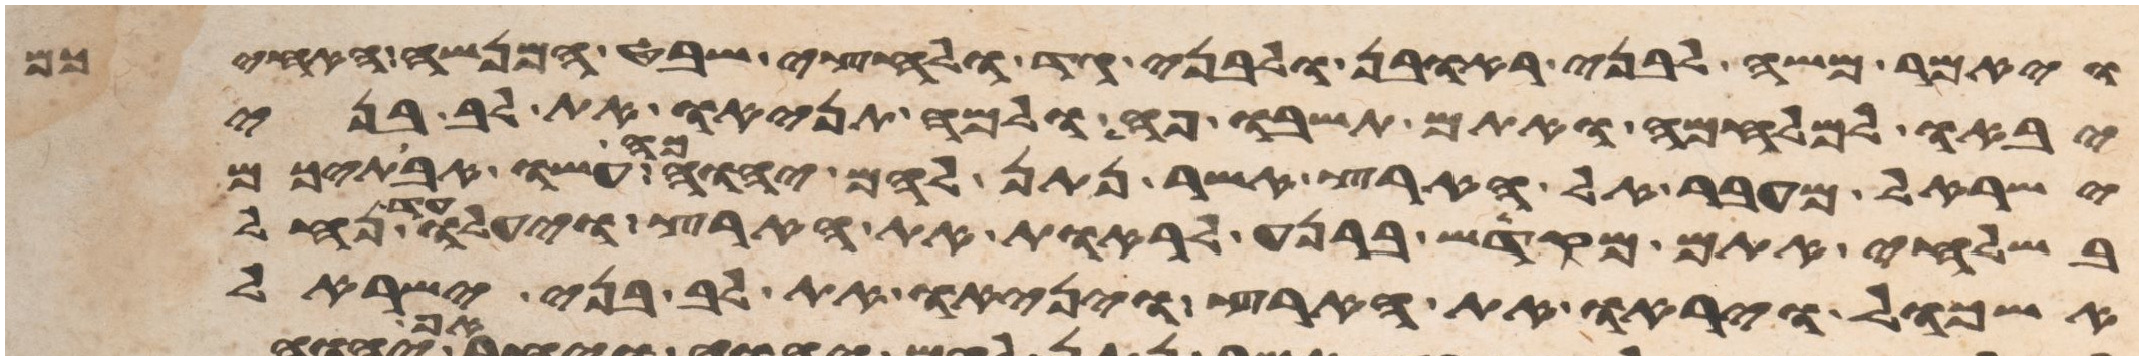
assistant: ויאמר משה לבני ראובן ולבני גד ולחצי שבט המנשה האחיכם
יבאו למלחמה ואתם תשבו פה ולמה תניאו את לב בני
ישראל מעבר אל הארץ אשר נתן להם יהוה כה עשו אבתיכם
בשלחי אתם מקדש ברנע לראות את הארץ ויעלו עד נחל
אשכול ויראו את הארץ ויניאו את לב בני ישראל